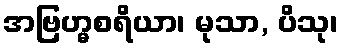
အဗြဟ္မစရိယာ၊ မုသာ, ပိသု၊